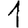
Digit: 1